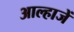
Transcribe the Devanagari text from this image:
आल्हाजें